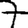
Digit: 7